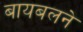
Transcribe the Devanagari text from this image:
बायबलने